Leaving Certificate Examination, 1913
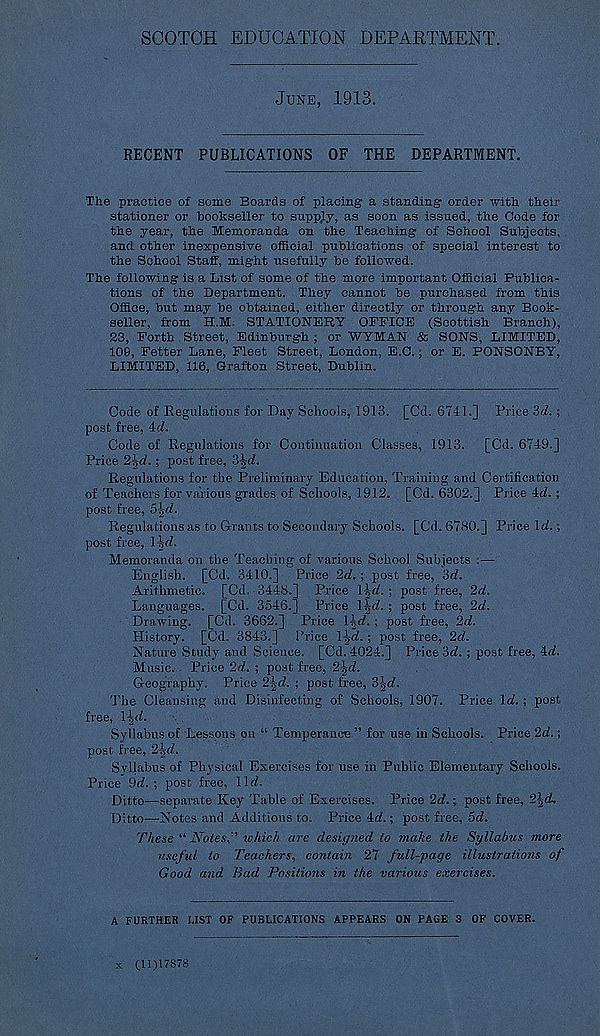
SCOTCH EDUCATION DEPARTMENT.
JUNE, 1913.
RECENT PUBLICATIONS OF THE DEPARTMENT.
The practice of some Boards of placing a standing order with their
stationer or bookseller to supply, as soon as issued, the Code for
the year, the Memoranda on the Teaching of School Subjects,
and other inexpensive official publications of special interest to
the School Staff, might usefully be followed.
The following is a List of some of the more important Official Publica-
tions of the Department. They cannot be purchased from this
Office, but may be obtained, either directly or through any Book-
seller, from H.M. STATIONERY OFFICE (Scottish Branch),
23, Forth Street, Edinburgh ; or WYMAN & SONS, LIMITED,
109, Fetter Lane, Fleet Street, London, E.C.; or E. PONSONBY,
LIMITED, 116, Grafton Street, Dublin.
Code of Regulations for Day Schools, 1913. [Cd. 6741.] Price 3<7. ;
post free, 4d.
Code of Regulations for Continuation Classes, 1913. [Cd. 6749.]
Price 2\d.; post free,
Regulations for the Preliminary Education, Training and Certification
of Teachers for various grades of Schools, 1912. [Cd. 6302.] Price 4(7. ;
post free,
Regulations as to Grants to Secondary Schools. [Cd. 6780.] Price Id.;
post free, \\d.
Memoranda on the Teaching of various School Subjects :—
English. [Cd. 3410.] Price 2d. ; post free, 'id.
Arithmetic. [Cd. 3448.] Price \\d. ; post free, 2d.
Languages. [Cd. 3546.] Price \\d. ; post free, 2d.
Drawing. [Cd. 3662.] Price l^d.; post free, 2d.
History. [Cd. 3843.] Price \\d. ; post free, 2d.
Nature Study and Science. [Cd. 4024.] Price 3(7. ; post free, 4(7.
Music. Price 2d. ; post free, 2-|(7.
Geography. Price 2-|(7. ; post free, 3-J,-c7.
The Cleansing and Disinfecting of Schools, 1907. Price 1(7. ; post
free, R(7.
Syllabus of Lessons on “ Temperance ” for use in Schools. Price 2d.;
post free, 2\d.
Svllabus of Physical Exercises for use in Public Elementary Schools.
Price 9(7. ; post free. 11(7.
Ditto—separate Key Table of Exercises. Price 2(7.; post free, 2\cL
Ditto—Notes and Additions to. Price 4(7.; post free, 5(7.
These “ Notes.'' which are designed to make the Syllabus more
useful to Teachers, contain 27 full-page illustrations of
Good and Bad Positions in the various exercises.
A FURTHER LIST OF PUBLICATIONS APPEARS ON PAGE 3 OF COVER.
x (11)17878